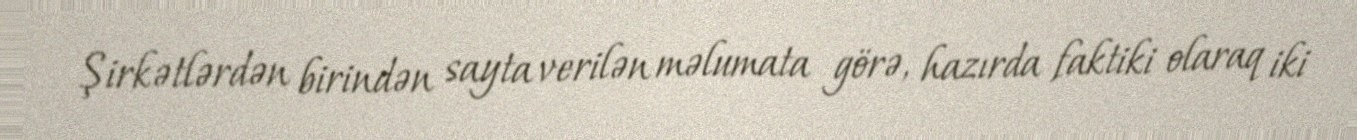
Şirkətlərdən birindən sayta verilən məlumata görə, hazırda faktiki olaraq iki